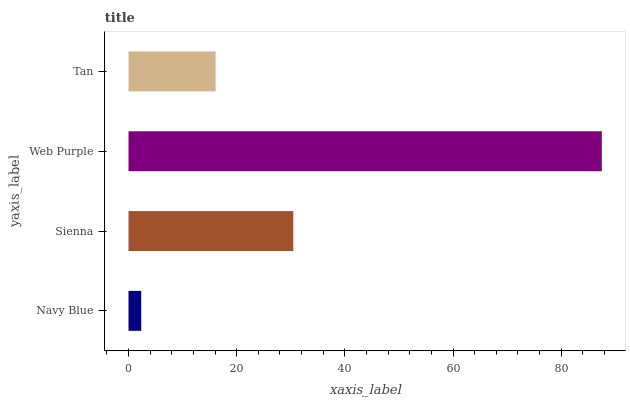
| yaxis_label | bars |
 | --- | --- |
 | Navy Blue | 2.35 |
 | Sienna | 30.5 |
 | Web Purple | 87.5 |
 | Tan | 16.1 |